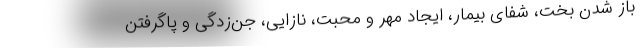
باز شدن بخت، شفای بیمار، ایجاد مهر و محبت، نازایی، جن‌زدگی و پاگرفتن